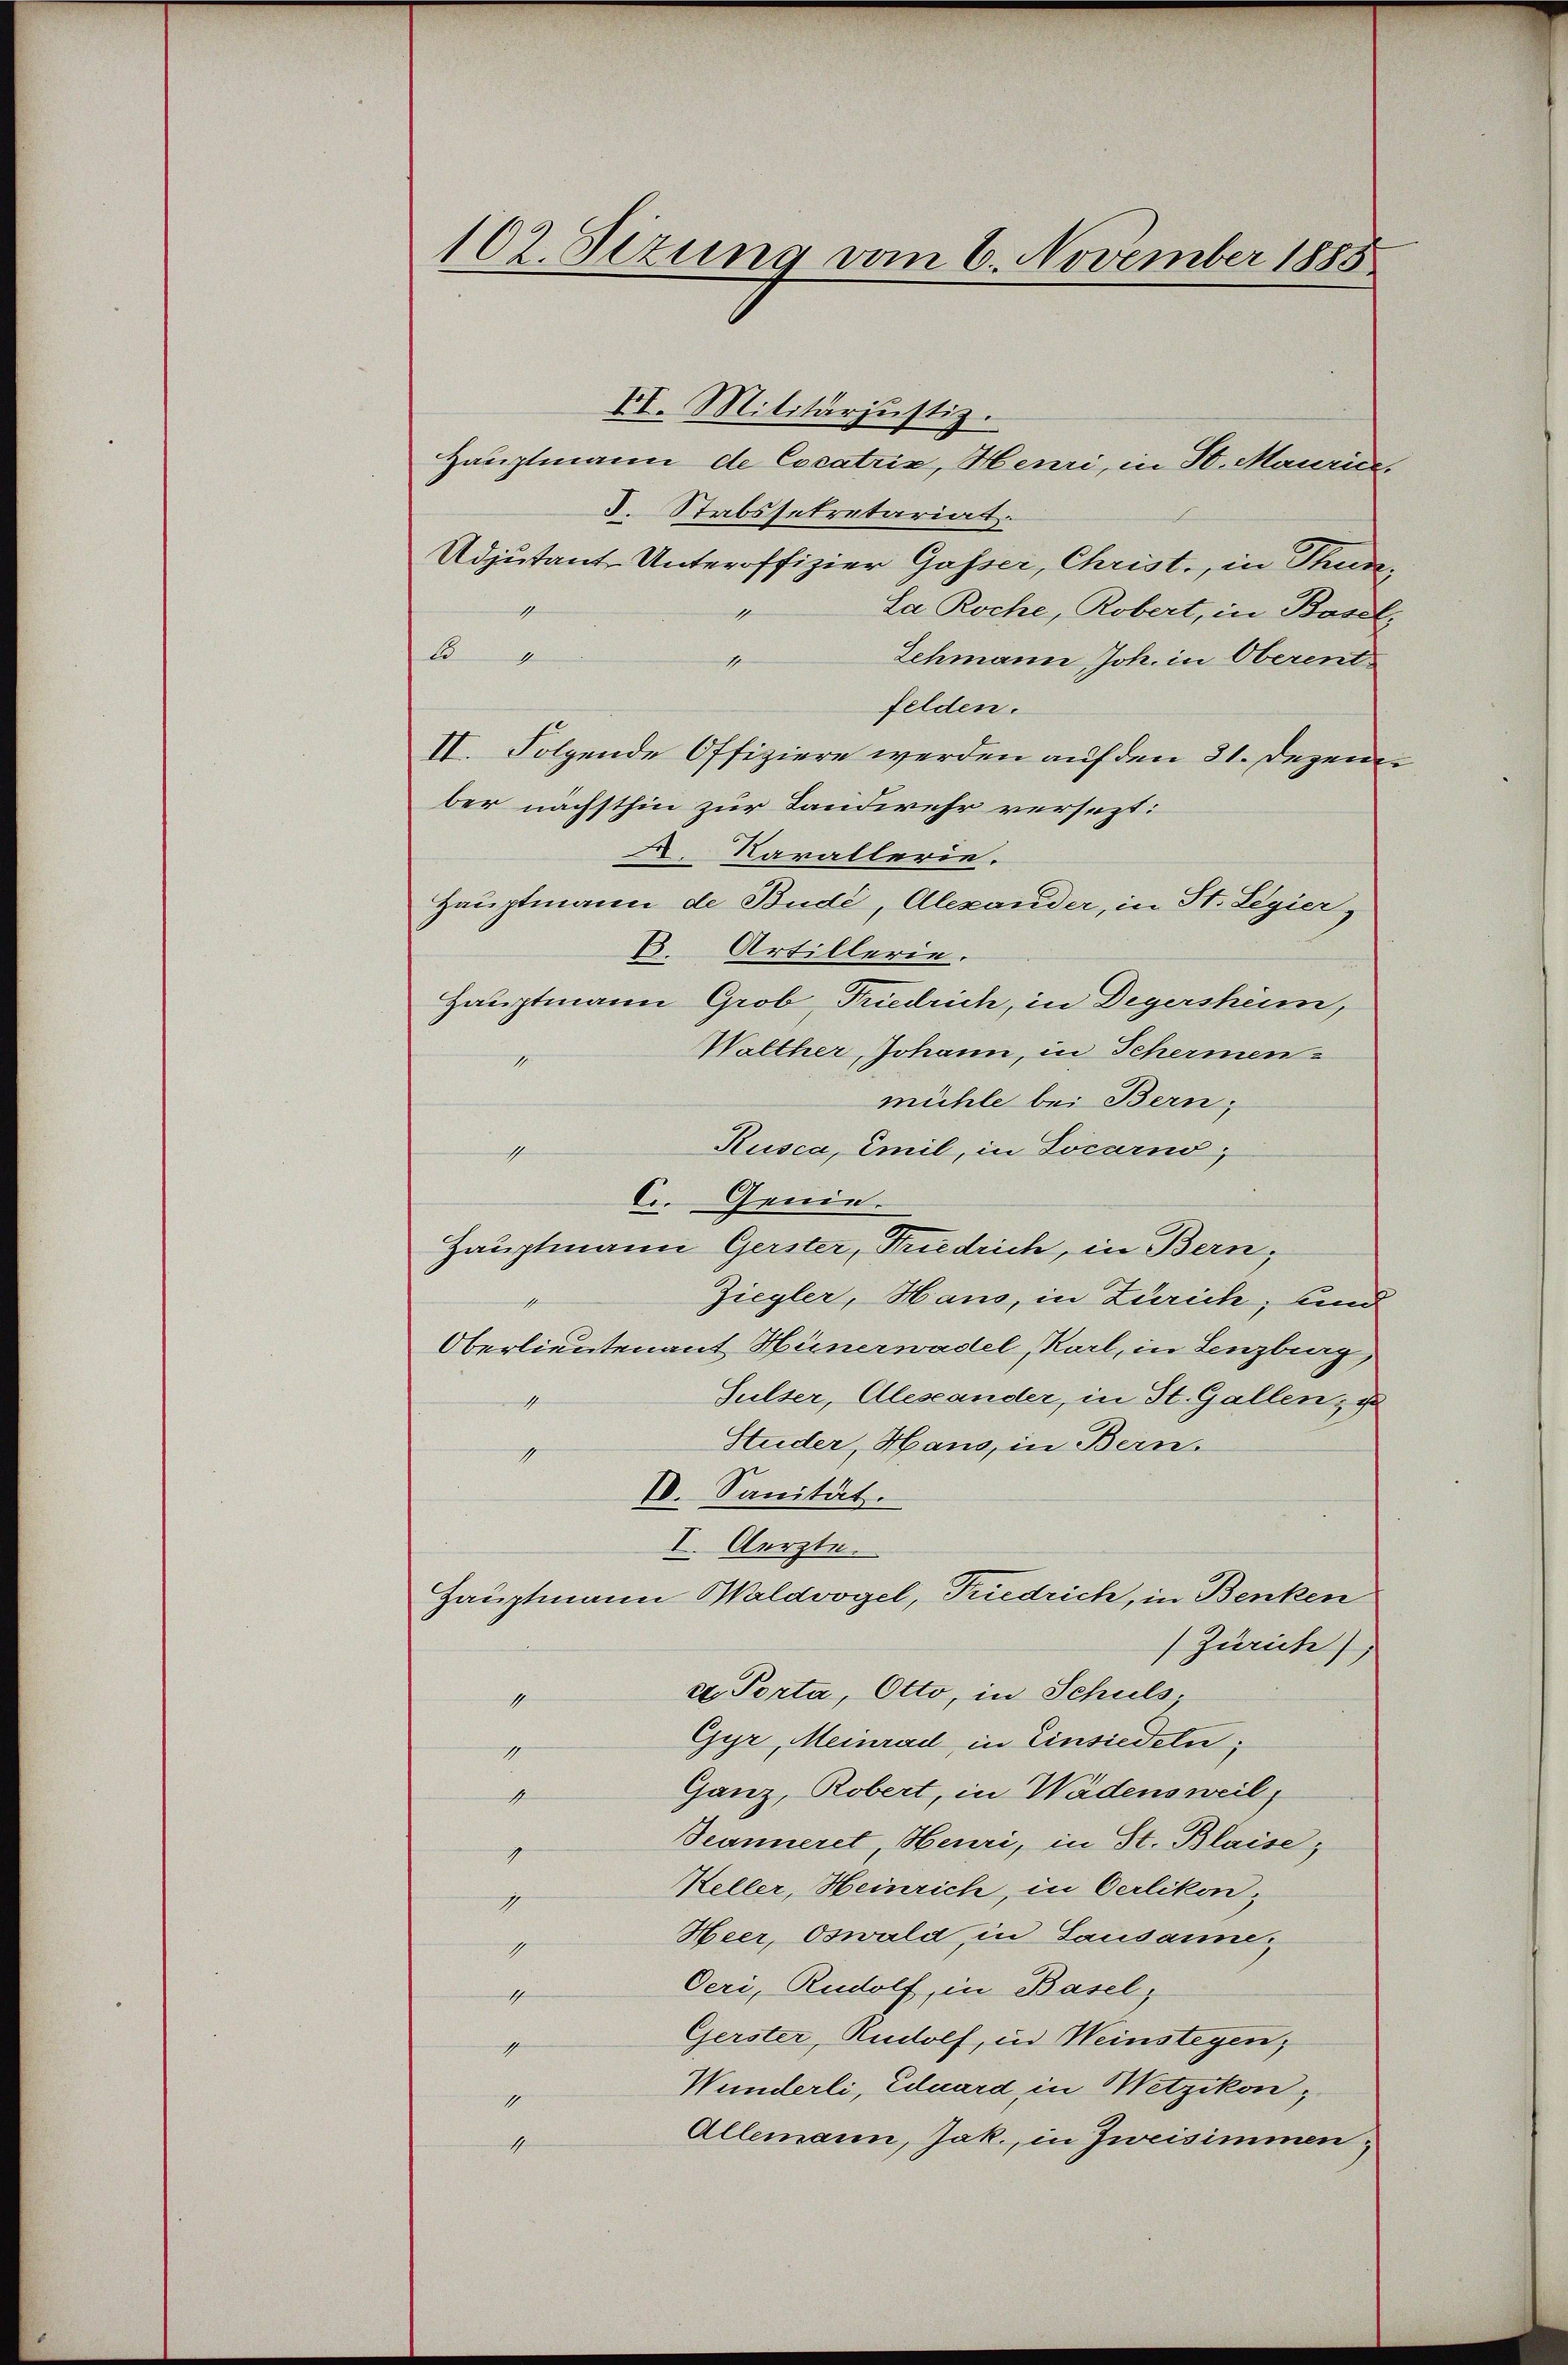
102. Sizung vom 6. November 1885

II. Militärjustiz.
Hauptmann de Cocatrix, Henri, in St. Maurice,
J. Stabssekretariat.
Adjutant Unteroffizier Gasser, Christ., in Thude,
1
La Roche, Robert, in Basel,
B
Zehmann Joh. in Oberent
1
felden.
II. Folgende Offiziere werden auf den 31. Dezem
ber nächsthin zur Landwehr versezt:
A. Karallerie.
Hauptmann de Bude, Alexander, in St. Legier,
B. Artillerie.
Hauptmann Grob, Friedrich, in Degersheim,
Walther, Johann, in Schermen¬
1
mühle bei Bern,
Rusca, Emil, in Locarno,
ichsten
Genie.
E
Hauptmann Gerster, Friedrich, in Bern,
Ziegler, Hans, in Zürich, und
Oberlieutenant Hünerwadel, Karl, in Lenzburg,
Sulser, Alesander, in St. Gallen, u
1
Studer, Haus, in Bern.
1
Ed. Sanität.
I. Aerzte.
Hauptmann Waldvogel, Friedrich, in Benken
 Zürich),
et. Porta, Otto, in Schuls,
1
Gyr, Meinrad in Einsiedeln;
1
Ganz, Robert, in Wädensweil,
4
Seanneret, Heuri, in St. Blaise;
1
Keller, Heinrich, in Oerlikon,
1
Heer, Oswald, in Lausanne,
1
Oeri, Rudolf, in Basel,
4
Gerster, Rudolf, in Weinstegen,
1
Wunderli, Eduard in Wetzikon,
1
Allemann, Jak., in Zweisimmen,
4